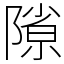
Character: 𨻶